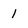
Character: 1